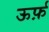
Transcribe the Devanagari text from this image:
ऊर्फ़